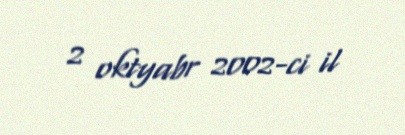
2 oktyabr 2002-ci il